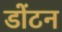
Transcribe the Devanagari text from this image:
डोंटन